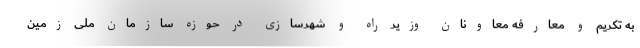
به تکریم و معارفه معاونان وزیر راه و شهرسازی در حوزه سازمان ملی زمین